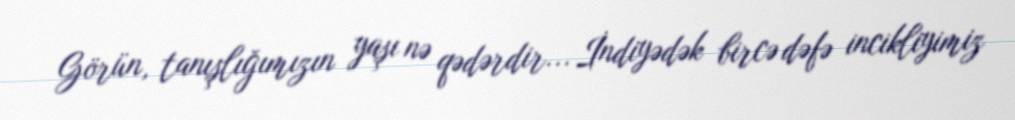
Görün, tanışlığımızın yaşı nə qədərdir... İndiyədək bircə dəfə incikliyimiz